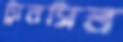
ট্রানসিল